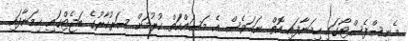
މެނިސްފެސްޓޯގައި ހިމަނާފައި އޮތް ނަމަވެސް އެ މަސައްކަތް ކުރުމަށް ސަރުކާރުގެ ބަޖެޓްގައި ހިމަނާފައި